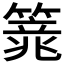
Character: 𱸢